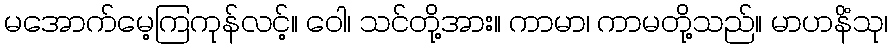
မအောက်မေ့ကြကုန်လင့်။ ဝေါ၊ သင်တို့အား။ ကာမာ၊ ကာမတို့သည်။ မာဟနိံသု၊